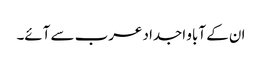
ان کے آباو اجداد عرب سے آئے۔